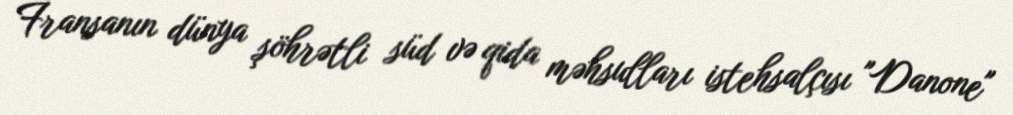
Fransanın dünya şöhrətli süd və qida məhsulları istehsalçısı "Danone"